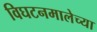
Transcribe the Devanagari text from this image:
विघटनमालेच्या